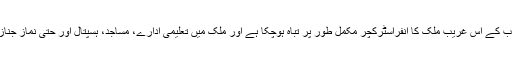
بن سلمان نے اپنے ہمسایہ عرب ملک یمن پر جس جارحیت کا آغاز کیا ہے، اس سے عالم عرب کے اس غریب ملک کا انفراسٹرکچر مکمل طور پر تباہ ہوچکا ہے اور ملک میں تعلیمی ادارے، مساجد، ہسپتال اور حتیٰ نماز جنازہ کے اجتماع بھی سعودی عرب کے جنگی طیاروں کی کارپٹ بمباری سے محفوظ نہیں ہیں۔